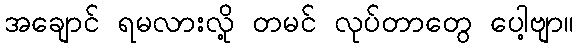
အချောင် ရမလားလို့ တမင် လုပ်တာတွေ ပေါ့ဗျာ။